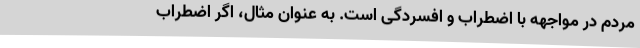
مردم در مواجهه با اضطراب و افسردگی است. به عنوان مثال، اگر اضطراب